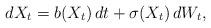
LaTeX: \begin{align*} dX_t = b(X_t)\,dt + \sigma(X_t)\,dW_t,\end{align*}